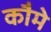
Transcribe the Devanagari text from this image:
कौमे